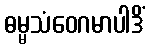
ဓမ္မသံဝေဂမာပါဒိံ